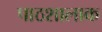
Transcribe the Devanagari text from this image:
पाठशालाक